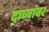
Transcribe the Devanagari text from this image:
दाव्यांवर